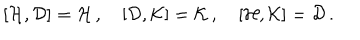
[ { \cal H } , { \cal D } ] = { \cal H } \, , \quad [ { \cal D } , { \cal K } ] = { \cal K } \, , \quad [ { \cal H } , { \cal K } ] = { \cal D } \, .